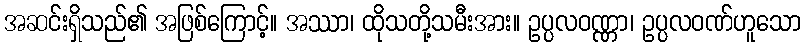
အဆင်းရှိသည်၏ အဖြစ်ကြောင့်။ အဿာ၊ ထိုသတို့သမီးအား။ ဥပ္ပလဝဏ္ဏာ၊ ဥပ္ပလဝဏ်ဟူသော